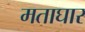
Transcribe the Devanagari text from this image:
मताघार